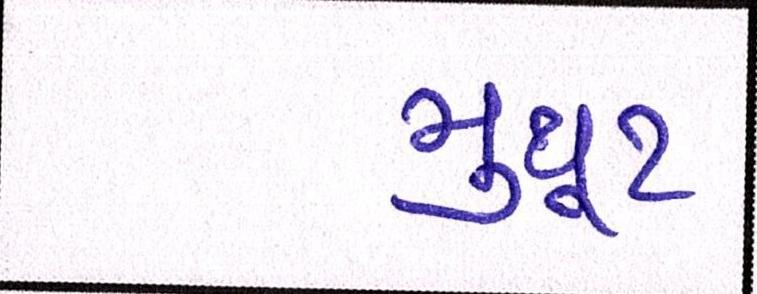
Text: મુથૂટ